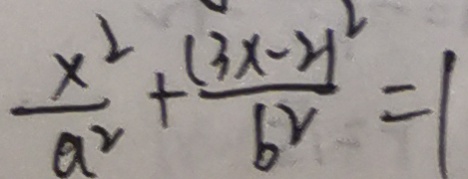
\frac { x ^ { 2 } } { a ^ { 2 } } + \frac { ( 3 x - 2 ) ^ { 2 } } { b ^ { 2 } } = 1